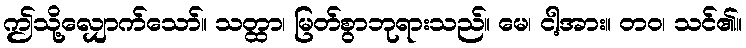
ဤသို့လျှောက်သော်။ သတ္ထာ၊ မြတ်စွာဘုရားသည်။ မေ၊ ငါ့အား။ တဝ၊ သင်၏။